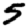
Digit: 5